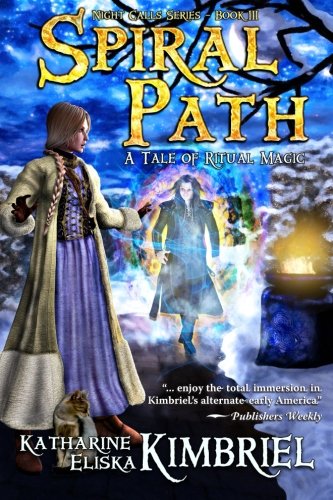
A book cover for Spiral Path (Night Calls) (Volume 3); Katharine Eliska Kimbriel; Science Fiction & Fantasy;